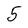
Character: 5